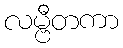
လမ္ဗီတကာ